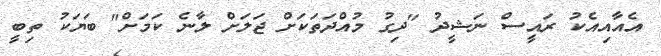
އެއާއިއެކު ރައީސް ނަޝީދު "ދިގު މުއްދަތަކަށް ޖަލަށް ލާނެ ކަމަށް" ބަޔަކު ތިބީ